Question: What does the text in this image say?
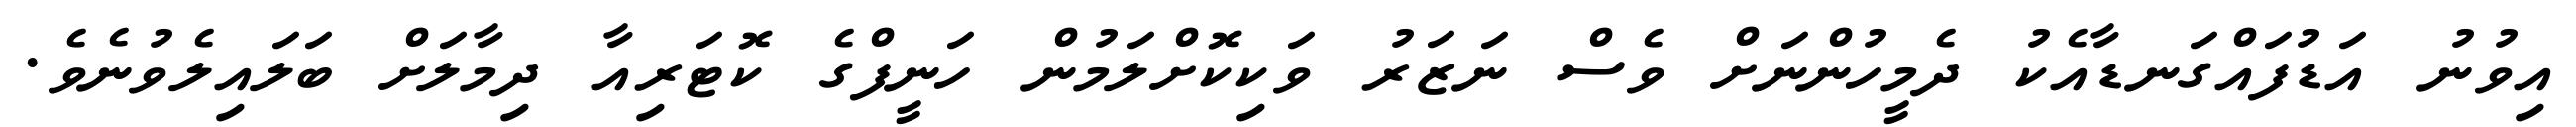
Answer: އިވުނު އަޑުފައްގަނޑާއެކު ދެމީހުންނަށް ވެސް ނަޒަރު ވަކިކޮށްލަމުން ހަނީފްގެ ކޮޓަރިއާ ދިމާލަށް ބަލައިލެވުނެވެ.